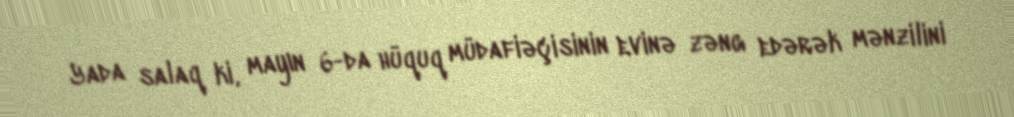
Yada salaq ki, mayın 6-da hüquq müdafiəçisinin evinə zəng edərək mənzilini